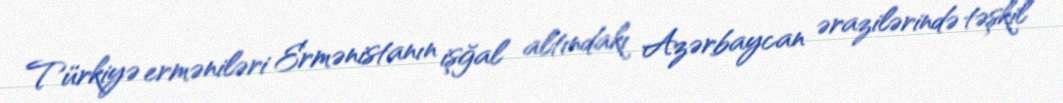
Türkiyə erməniləri Ermənistanın işğal altındakı Azərbaycan ərazilərində təşkil